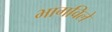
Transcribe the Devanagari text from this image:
भागविले